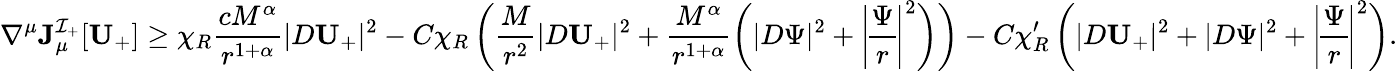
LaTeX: \nabla^{\mu}{\mathbf J}_{\mu}^{\mathcal{I}_{+}}[\mathbf{U}_{+}]\geq\chi_{R}\frac{cM^{\alpha}}{r^{1+\alpha}}|D\mathbf{U}_{+}|^{2}-C\chi_{R}\left(\frac{M}{r^{2}}|D\mathbf{U}_{+}|^{2}+\frac{M^{\alpha}}{r^{1+\alpha}}\left(|D\Psi|^{2}+\left|\! \frac{\Psi}{r}\! \right|^{2}\right)\right)-C\chi_{R}^{\prime}\left(|D\mathbf{U}_{+}|^{2}+|D\Psi|^{2}+\left|\! \frac{\Psi}{r}\! \right|^{2}\right).